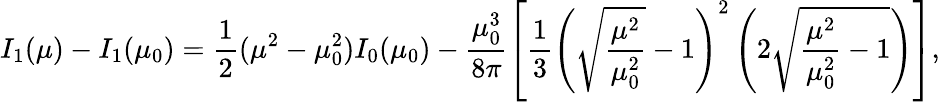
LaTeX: I_{1}(\mu)-I_{1}(\mu_{0})={\frac{1}{2}}(\mu^{2}-\mu_{0}^{2})I_{0}(\mu_{0})-\frac{\mu_{0}^{3}}{8\pi}\left[{\frac{1}{3}}\left(\sqrt{\frac{\mu^{2}}{\mu_{0}^{2}}}-1\right)^{2}\left(2\sqrt{\frac{\mu^{2}}{\mu_{0}^{2}}-1}\right)\right],